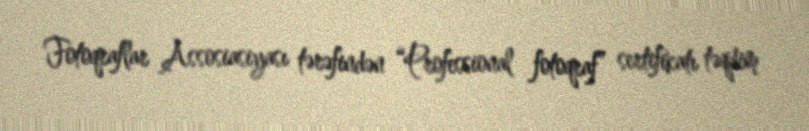
Fotoqraflar Assosiasiyası tərəfindən “Professional fotoqraf” sertifikatı təqdim